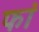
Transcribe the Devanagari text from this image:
फां